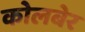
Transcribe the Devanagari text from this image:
कोलबेर